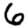
Digit: 6